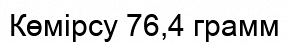
Көмірсу 76,4 грамм